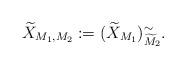
LaTeX: \begin{align*}\widetilde{X}_{M_1,M_2}:=(\widetilde{X}_{M_1})^\sim_{\widetilde{M}_2}.\end{align*}